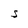
Character: s